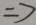
\Rightarrow